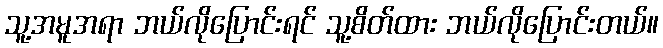
သူ့အမူအရာ ဘယ်လိုပြောင်းရင် သူ့စိတ်ထား ဘယ်လိုပြောင်းတယ်။